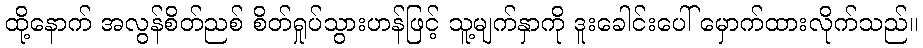
ထို့နောက် အလွန်စိတ်ညစ် စိတ်ရှုပ်သွားဟန်ဖြင့် သူ့မျက်နှာကို ဒူးခေါင်းပေါ် မှောက်ထားလိုက်သည်။